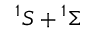
^ { 1 } S + { } ^ { 1 } \Sigma